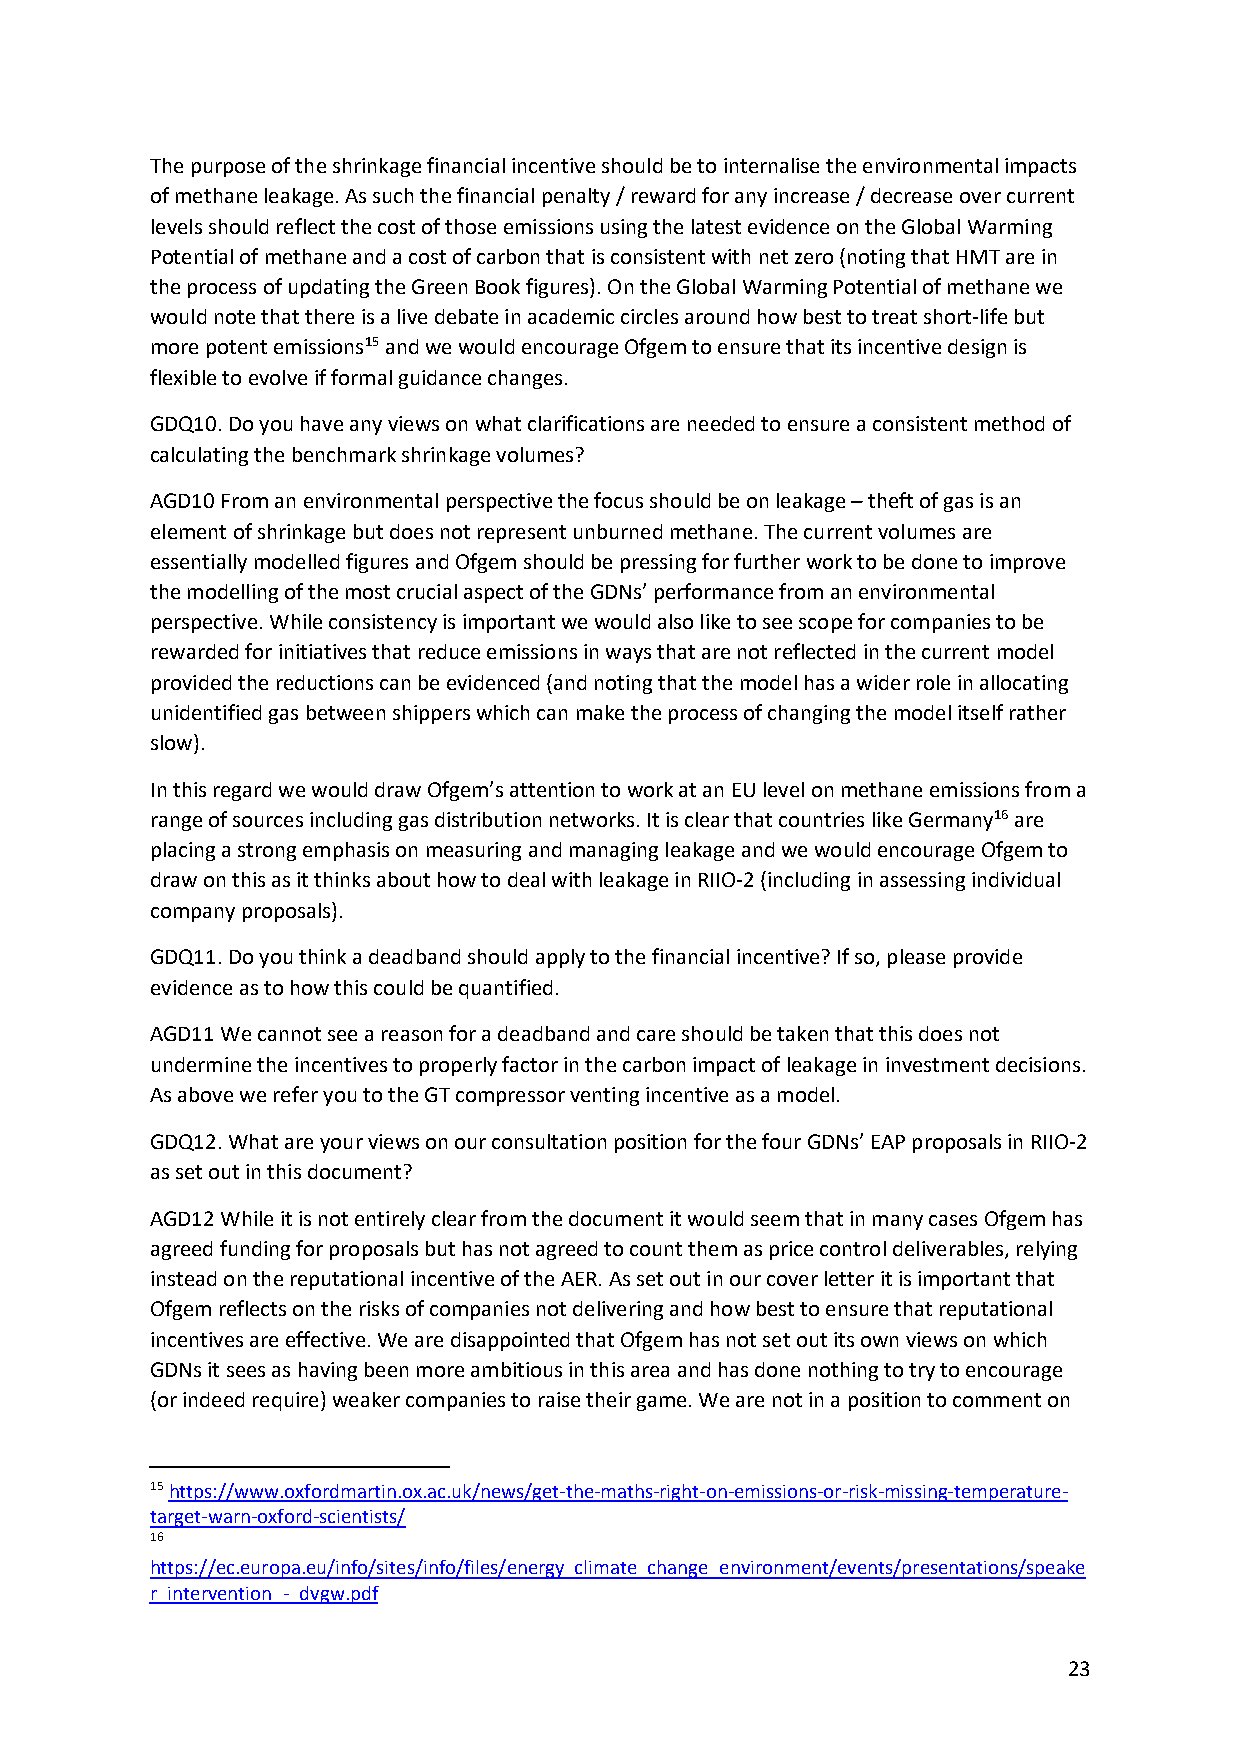
The purpose of the shrinkage financial incentive should be to internalise the environmental impacts
 of methane leakage. As such the financial penalty / reward for any increase / decrease over current
 levels should reflect the cost of those emissions using the latest evidence on the Global Warming
 Potential of methane and a cost of carbon that is consistent with net zero (noting that HMT are in
 the process of updating the Green Book figures). On the Global Warming Potential of methane we
 would note that there is a live debate in academic circles around how best to treat short-life but
 more potent emissions15 and we would encourage Ofgem to ensure that its incentive design is
 flexible to evolve if formal guidance changes.
 GDQ10. Do you have any views on what clarifications are needed to ensure a consistent method of
 calculating the benchmark shrinkage volumes?
 AGD10 From an environmental perspective the focus should be on leakage – theft of gas is an
 element of shrinkage but does not represent unburned methane. The current volumes are
 essentially modelled figures and Ofgem should be pressing for further work to be done to improve
 the modelling of the most crucial aspect of the GDNs’ performance from an environmental
 perspective. While consistency is important we would also like to see scope for companies to be
 rewarded for initiatives that reduce emissions in ways that are not reflected in the current model
 provided the reductions can be evidenced (and noting that the model has a wider role in allocating
 unidentified gas between shippers which can make the process of changing the model itself rather
 slow).
 In this regard we would draw Ofgem’s attention to work at an EU level on methane emissions from a
 range of sources including gas distribution networks. It is clear that countries like Germany16 are
 placing a strong emphasis on measuring and managing leakage and we would encourage Ofgem to
 draw on this as it thinks about how to deal with leakage in RIIO-2 (including in assessing individual
 company proposals).
 GDQ11. Do you think a deadband should apply to the financial incentive? If so, please provide
 evidence as to how this could be quantified.
 AGD11 We cannot see a reason for a deadband and care should be taken that this does not
 undermine the incentives to properly factor in the carbon impact of leakage in investment decisions.
 As above we refer you to the GT compressor venting incentive as a model.
 GDQ12. What are your views on our consultation position for the four GDNs’ EAP proposals in RIIO-2
 as set out in this document?
 AGD12 While it is not entirely clear from the document it would seem that in many cases Ofgem has
 agreed funding for proposals but has not agreed to count them as price control deliverables, relying
 instead on the reputational incentive of the AER. As set out in our cover letter it is important that
 Ofgem reflects on the risks of companies not delivering and how best to ensure that reputational
 incentives are effective. We are disappointed that Ofgem has not set out its own views on which
 GDNs it sees as having been more ambitious in this area and has done nothing to try to encourage
 (or indeed require) weaker companies to raise their game. We are not in a position to comment on
 15 https://www.oxfordmartin.ox.ac.uk/news/get-the-maths-right-on-emissions-or-risk-missing-temperature-
 target-warn-oxford-scientists/
 16
 https://ec.europa.eu/info/sites/info/files/energy_climate_change_environment/events/presentations/speake
 r_intervention_-_dvgw.pdf
 23